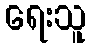
ရေးသူ